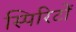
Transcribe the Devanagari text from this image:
स्पिरिटों